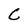
Character: C